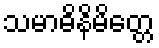
သမာဓိနိမိတ္တေ